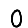
Digit: 0